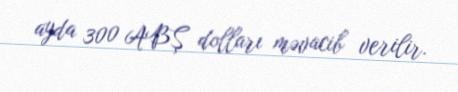
ayda 300 ABŞ dolları məvacib verilir.